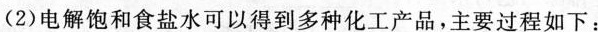
(2)电解饱和食盐水可以得到多种化工产品，主要过程如下：